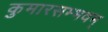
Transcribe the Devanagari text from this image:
कुमारसम्भवम्‌